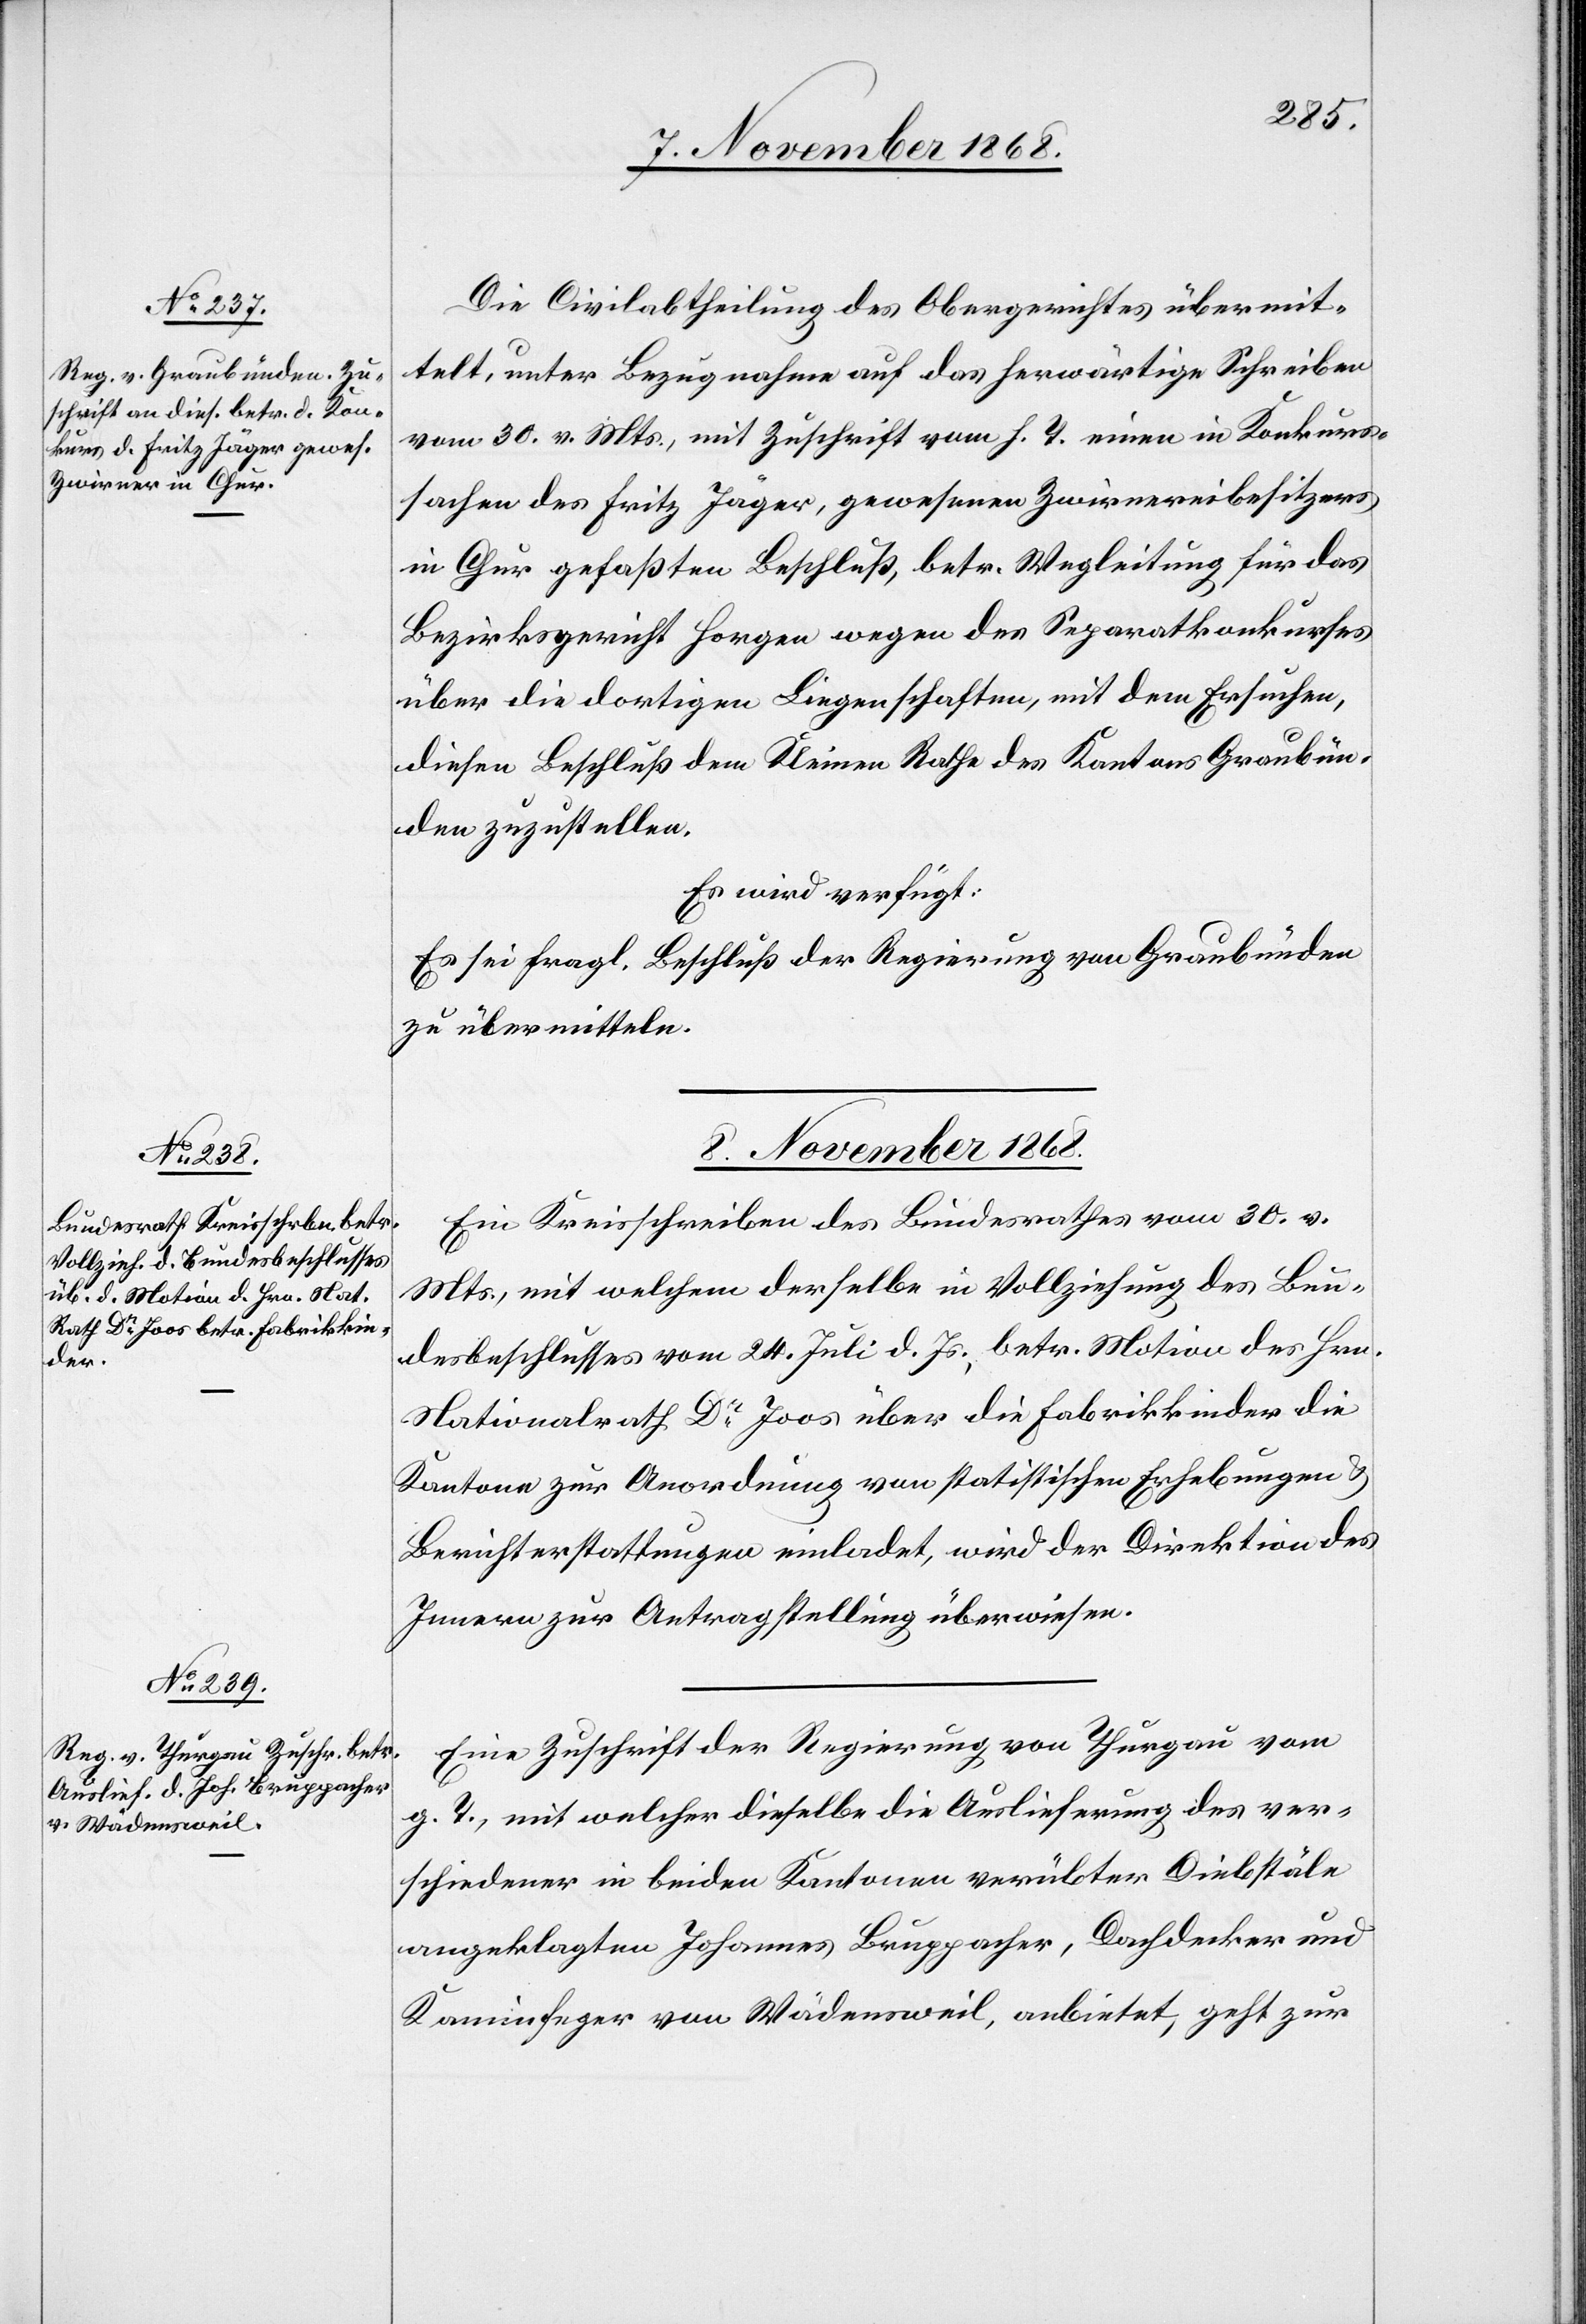
7. November 1868.]
Die Civilabtheilung des Obergerichtes übermit¬
telt, unter Bezugnahme auf das herwärtige Schreiben
vom 30. v. Mts., mit Zuschrift vom h. T. einen in Konkurs¬
sachen des Fritz Jäger, gewesenen Zwirnereibesitzers
in Chur gefaßten Beschluß, betr. Wegleitung für das
Bezirksgericht Horgen wegen des Separatkonkurses
über die dortigen Liegenschaften, mit dem Ersuchen,
diesen Beschluß dem Kleinen Rathe des Kantons Graubün¬
den zuzustellen.
Es wird verfügt:
Es sei fragl. Beschluß der Regierung von Graubünden
zu übermitteln.
8. November 1868.]
Ein Kreisschreiben des Bundesrathes vom 30. v.
Mts., mit welchem derselbe in Vollziehung des Bun¬
desbeschlusses vom 24. Juli d. Js., betr. Motion des Hrn.
Nationalrath Dr Joos über die Fabrikkinder die
Kantone zur Anordnung von statistischen Erhebungen &
Berichterstattungen einladet, wird der Direktion des
Innern zur Antragstellung überwiesen.
Eine Zuschrift der Regierung von Thurgau vom
g. T., mit welcher dieselbe die Auslieferung des ver¬
schiedener in beiden Kantonen verübter Diebstäle
angeklagten Johannes Bruppacher, Dachdecker und
Kaminfeger von Wädensweil, anbietet, geht zur